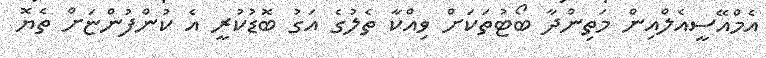
އެމްއޭސީއެލްއިން މަތިންދާ ބޯޓުތަކަށް ވިއްކާ ތެލުގެ އަގު ބޮޑުކުރީ އެ ކުންފުންޏަށް ތެޔޮ